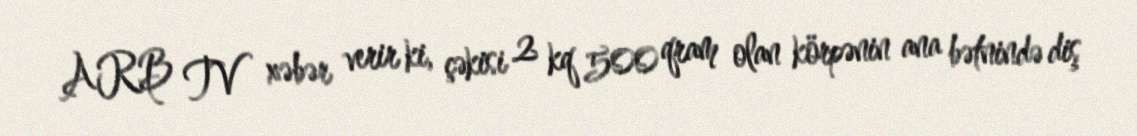
ARB TV xəbər verir ki, çəkisi 2 kq 500 qram olan körpənin ana bətnində diş